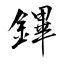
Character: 鏎